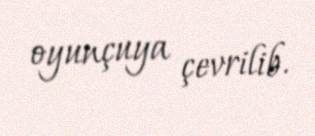
oyunçuya çevrilib.